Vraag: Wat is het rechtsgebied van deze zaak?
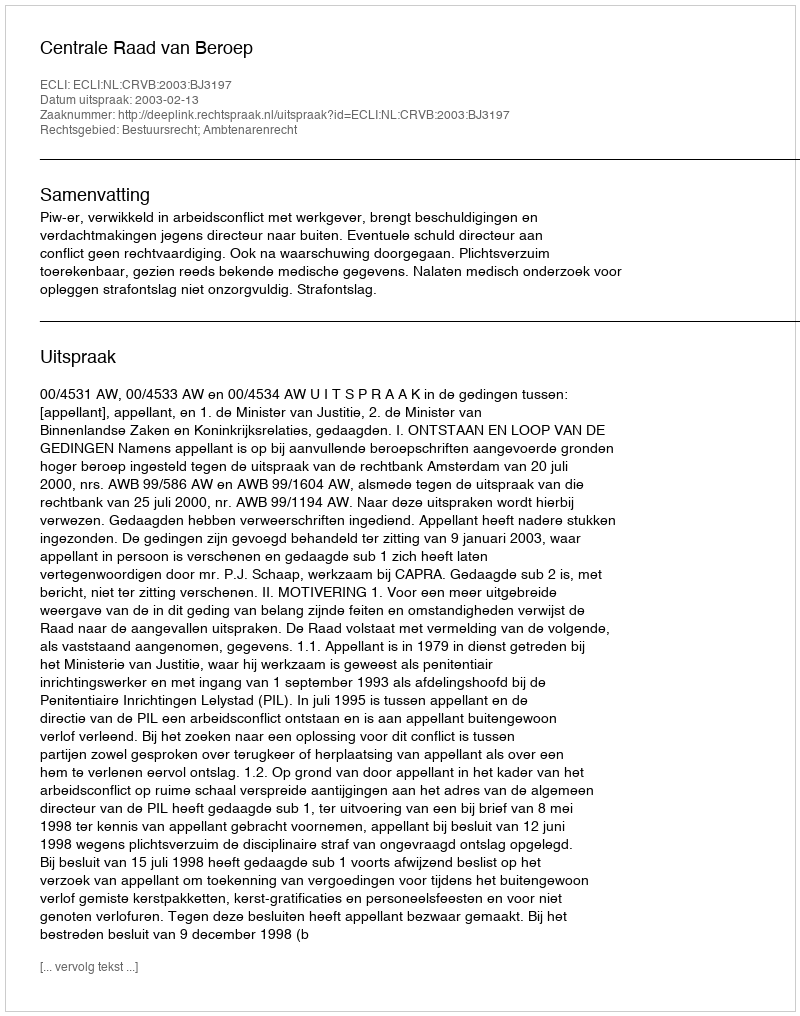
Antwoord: Bestuursrecht; Ambtenarenrecht